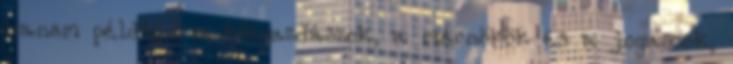
hanem például a közgazdászok, a mérnökök és a jogászok,